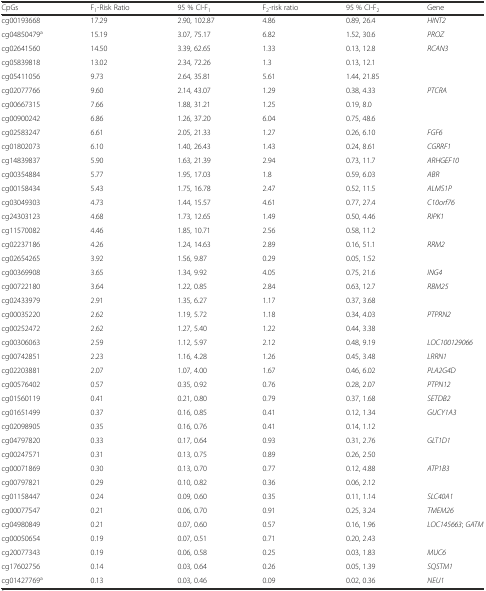
<table><thead><tr><td><b>CpGs</b></td><td><b>F<sub>1</sub>-Risk Ratio</b></td><td><b>95 % CI-F<sub>1</sub></b></td><td><b>F<sub>2</sub>-risk ratio</b></td><td><b>95 % CI-F<sub>2</sub></b></td><td><b>Gene</b></td></tr></thead><tbody><tr><td>cg00193668</td><td>17.29</td><td>2.90, 102.87</td><td>4.86</td><td>0.89, 26.4</td><td><i>HINT2</i></td></tr><tr><td>cg04850479<sup>a</sup></td><td>15.19</td><td>3.07, 75.17</td><td>6.82</td><td>1.52, 30.6</td><td><i>PROZ</i></td></tr><tr><td>cg02641560</td><td>14.50</td><td>3.39, 62.65</td><td>1.33</td><td>0.13, 12.8</td><td><i>RCAN3</i></td></tr><tr><td>cg05839818</td><td>13.02</td><td>2.34, 72.26</td><td>1.3</td><td>0.13, 12.1</td><td></td></tr><tr><td>cg05411056</td><td>9.73</td><td>2.64, 35.81</td><td>5.61</td><td>1.44, 21.85</td><td></td></tr><tr><td>cg02077766</td><td>9.60</td><td>2.14, 43.07</td><td>1.29</td><td>0.38, 4.33</td><td><i>PTCRA</i></td></tr><tr><td>cg00667315</td><td>7.66</td><td>1.88, 31.21</td><td>1.25</td><td>0.19, 8.0</td><td></td></tr><tr><td>cg00900242</td><td>6.86</td><td>1.26, 37.20</td><td>6.04</td><td>0.75, 48.6</td><td></td></tr><tr><td>cg02583247</td><td>6.61</td><td>2.05, 21.33</td><td>1.27</td><td>0.26, 6.10</td><td><i>FGF6</i></td></tr><tr><td>cg01802073</td><td>6.10</td><td>1.40, 26.43</td><td>1.43</td><td>0.24, 8.61</td><td><i>CGRRF1</i></td></tr><tr><td>cg14839837</td><td>5.90</td><td>1.63, 21.39</td><td>2.94</td><td>0.73, 11.7</td><td><i>ARHGEF10</i></td></tr><tr><td>cg00354884</td><td>5.77</td><td>1.95, 17.03</td><td>1.8</td><td>0.59, 6.03</td><td><i>ABR</i></td></tr><tr><td>cg00158434</td><td>5.43</td><td>1.75, 16.78</td><td>2.47</td><td>0.52, 11.5</td><td><i>ALMS1P</i></td></tr><tr><td>cg03049303</td><td>4.73</td><td>1.44, 15.57</td><td>4.61</td><td>0.77, 27.4</td><td><i>C10orf76</i></td></tr><tr><td>cg24303123</td><td>4.68</td><td>1.73, 12.65</td><td>1.49</td><td>0.50, 4.46</td><td><i>RIPK1</i></td></tr><tr><td>cg11570082</td><td>4.46</td><td>1.85, 10.71</td><td>2.56</td><td>0.58, 11.2</td><td></td></tr><tr><td>cg02237186</td><td>4.26</td><td>1.24, 14.63</td><td>2.89</td><td>0.16, 51.1</td><td><i>RRM2</i></td></tr><tr><td>cg02654265</td><td>3.92</td><td>1.56, 9.87</td><td>0.29</td><td>0.05, 1.52</td><td></td></tr><tr><td>cg00369908</td><td>3.65</td><td>1.34, 9.92</td><td>4.05</td><td>0.75, 21.6</td><td><i>ING4</i></td></tr><tr><td>cg00722180</td><td>3.64</td><td>1.22, 0.85</td><td>2.84</td><td>0.63, 12.7</td><td><i>RBM25</i></td></tr><tr><td>cg02433979</td><td>2.91</td><td>1.35, 6.27</td><td>1.17</td><td>0.37, 3.68</td><td></td></tr><tr><td>cg00035220</td><td>2.62</td><td>1.19, 5.72</td><td>1.18</td><td>0.34, 4.03</td><td><i>PTPRN2</i></td></tr><tr><td>cg00252472</td><td>2.62</td><td>1.27, 5.40</td><td>1.22</td><td>0.44, 3.38</td><td></td></tr><tr><td>cg00306063</td><td>2.59</td><td>1.12, 5.97</td><td>2.12</td><td>0.48, 9.19</td><td><i>LOC100129066</i></td></tr><tr><td>cg00742851</td><td>2.23</td><td>1.16, 4.28</td><td>1.26</td><td>0.45, 3.48</td><td><i>LRRN1</i></td></tr><tr><td>cg02203881</td><td>2.07</td><td>1.07, 4.00</td><td>1.67</td><td>0.46, 6.02</td><td><i>PLA2G4D</i></td></tr><tr><td>cg00576402</td><td>0.57</td><td>0.35, 0.92</td><td>0.76</td><td>0.28, 2.07</td><td><i>PTPN12</i></td></tr><tr><td>cg01560119</td><td>0.41</td><td>0.21, 0.80</td><td>0.79</td><td>0.37, 1.68</td><td><i>SETDB2</i></td></tr><tr><td>cg01651499</td><td>0.37</td><td>0.16, 0.85</td><td>0.41</td><td>0.12, 1.34</td><td><i>GUCY1A3</i></td></tr><tr><td>cg02098905</td><td>0.35</td><td>0.16, 0.76</td><td>0.41</td><td>0.14, 1.12</td><td></td></tr><tr><td>cg04797820</td><td>0.33</td><td>0.17, 0.64</td><td>0.93</td><td>0.31, 2.76</td><td><i>GLT1D1</i></td></tr><tr><td>cg00247571</td><td>0.31</td><td>0.13, 0.75</td><td>0.89</td><td>0.26, 2.50</td><td></td></tr><tr><td>cg00071869</td><td>0.30</td><td>0.13, 0.70</td><td>0.77</td><td>0.12, 4.88</td><td><i>ATP1B3</i></td></tr><tr><td>cg00797821</td><td>0.29</td><td>0.10, 0.82</td><td>0.36</td><td>0.06, 2.12</td><td></td></tr><tr><td>cg01158447</td><td>0.24</td><td>0.09, 0.60</td><td>0.35</td><td>0.11, 1.14</td><td><i>SLC40A1</i></td></tr><tr><td>cg00077547</td><td>0.21</td><td>0.06, 0.70</td><td>0.91</td><td>0.25, 3.24</td><td><i>TMEM26</i></td></tr><tr><td>cg04980849</td><td>0.21</td><td>0.07, 0.60</td><td>0.57</td><td>0.16, 1.96</td><td><i>LOC145663</i>; <i>GATM</i></td></tr><tr><td>cg00050654</td><td>0.19</td><td>0.07, 0.51</td><td>0.71</td><td>0.20, 2.43</td><td></td></tr><tr><td>cg20077343</td><td>0.19</td><td>0.06, 0.58</td><td>0.25</td><td>0.03, 1.83</td><td><i>MUC6</i></td></tr><tr><td>cg17602756</td><td>0.14</td><td>0.03, 0.64</td><td>0.26</td><td>0.05, 1.39</td><td><i>SQSTM1</i></td></tr><tr><td>cg01427769<sup>a</sup></td><td>0.13</td><td>0.03, 0.46</td><td>0.09</td><td>0.02, 0.36</td><td><i>NEU1</i></td></tr></tbody></table>